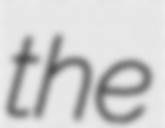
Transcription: the